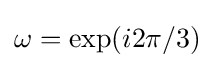
\omega =\exp(i2\pi /3)